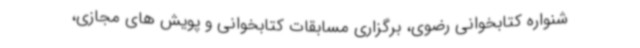
شنواره کتابخوانی رضوی، برگزاری مسابقات کتابخوانی و پویش های مجازی،